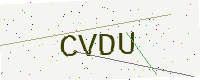
Text: CVDU